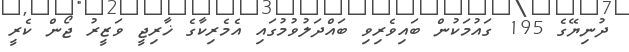
ދުނިޔޭގެ 195 ގައުމަކުން ބައިވެރިވި ބައްދަލުވުމުގައި އެމެރިކާގެ ޚާރިޖީ ވަޒީރު ޖޯން ކެރީ